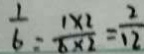
\frac { 1 } { 6 } = \frac { 1 \times 2 } { 6 \times 2 } = \frac { 2 } { 1 2 }